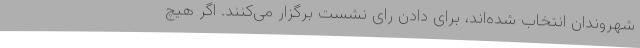
شهروندان انتخاب شده‌اند، برای دادن رای نشست برگزار می‌کنند. اگر هیچ